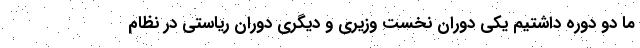
ما دو دوره داشتیم یکی دوران نخست وزیری و دیگری دوران ریاستی در نظام